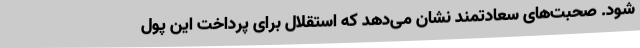
شود. صحبت‌های سعادتمند نشان می‌دهد که استقلال برای پرداخت این پول